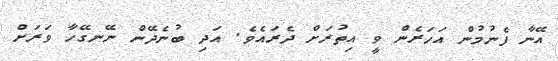
އޭނާ ފެނުމުން އަހަރެން ވީ އިތުރަށް ދެރައެވެ. އަދި ބުނެދޭން ނޭނގޭހާ ވަރަށް